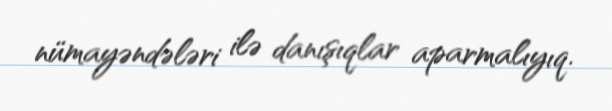
nümayəndələri ilə danışıqlar aparmalıyıq.